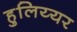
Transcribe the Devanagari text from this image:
हुलिय्यर